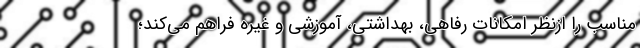
مناسب را ازنظر امکانات رفاهی، بهداشتی، آموزشی و غیره فراهم می‌کند؛